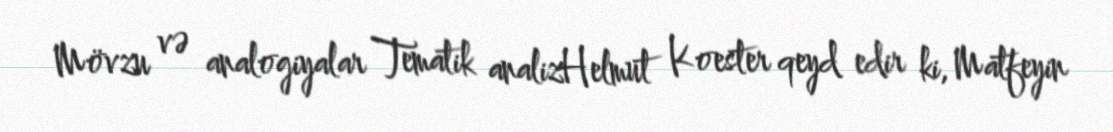
Mövzu və analogiyalar Tematik analizHelmut Koester qeyd edir ki, Matfeyin